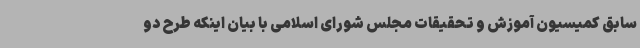
سابق کمیسیون آموزش و تحقیقات مجلس شورای اسلامی با بیان اینکه طرح دو